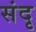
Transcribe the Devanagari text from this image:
संदृ